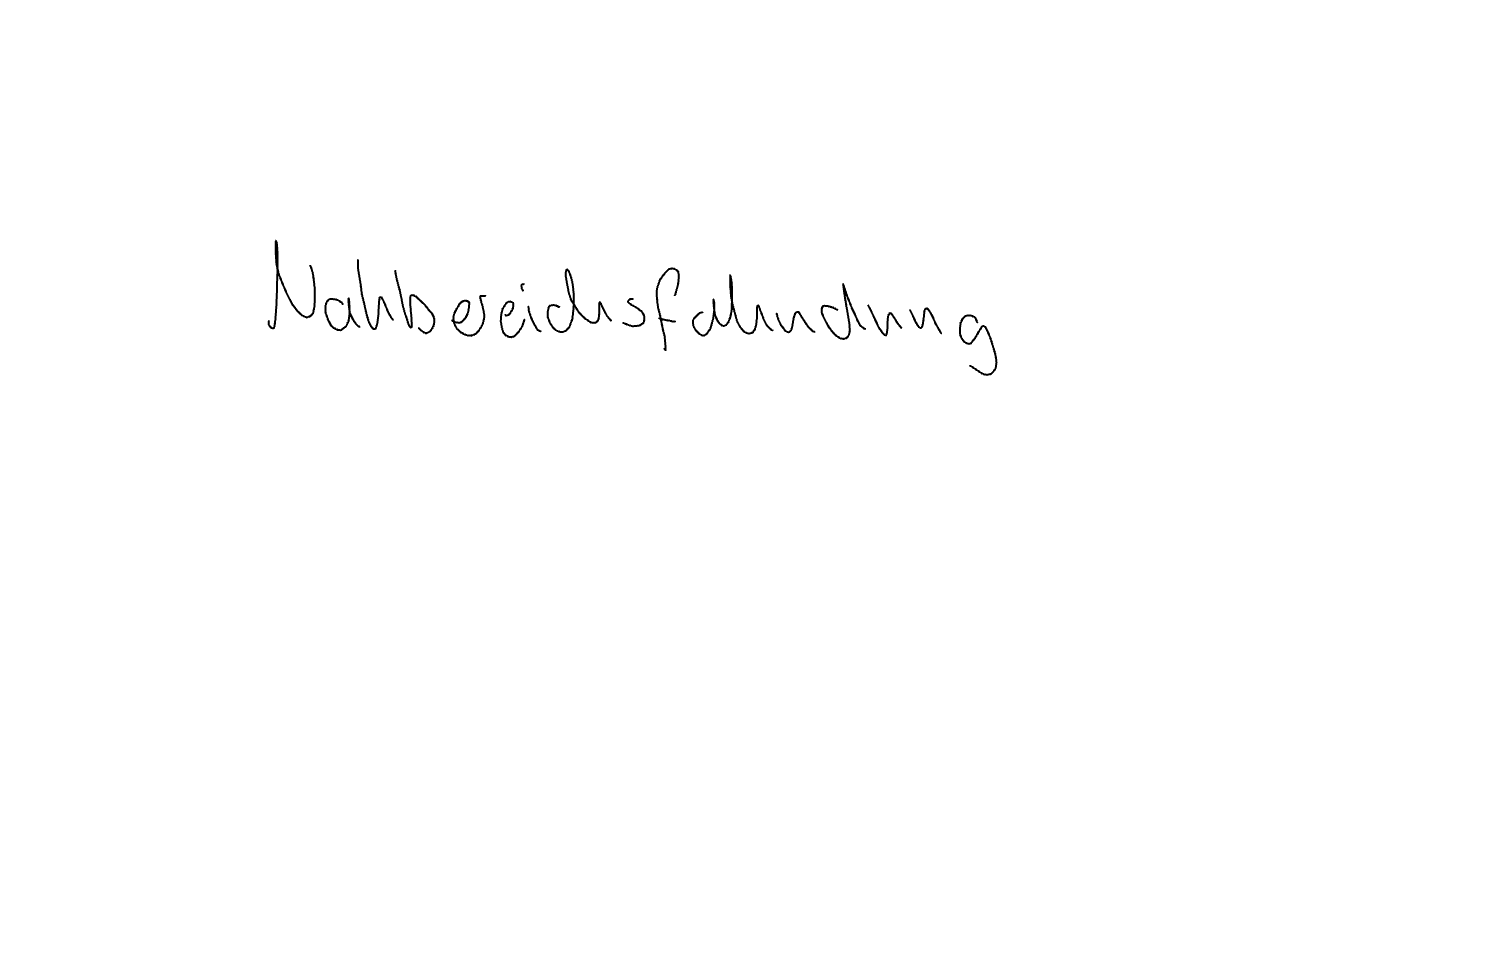
Text: Nahbereichsfahndung